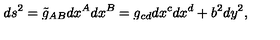
d s ^ { 2 } = \tilde { g } _ { A B } d x ^ { A } d x ^ { B } = g _ { c d } d x ^ { c } d x ^ { d } + b ^ { 2 } d y ^ { 2 } ,